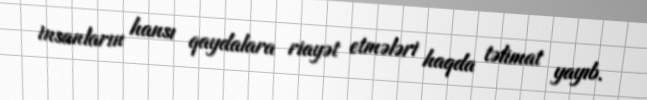
insanların hansı qaydalara riayət etmələri haqda təlimat yayıb.